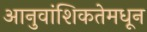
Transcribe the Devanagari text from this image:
आनुवांशिकतेमधून